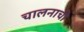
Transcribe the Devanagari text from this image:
चालनाची